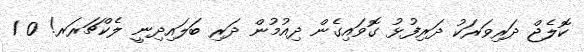
ކޮލެޖް ދަރިވަރަކު ދަރިފުުުޅު ގޮވައިގެން ދިއުމުން ދަރި ބަލައިިދިނީ ލެކްޗަރަރ! 0 1